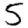
Digit: 5